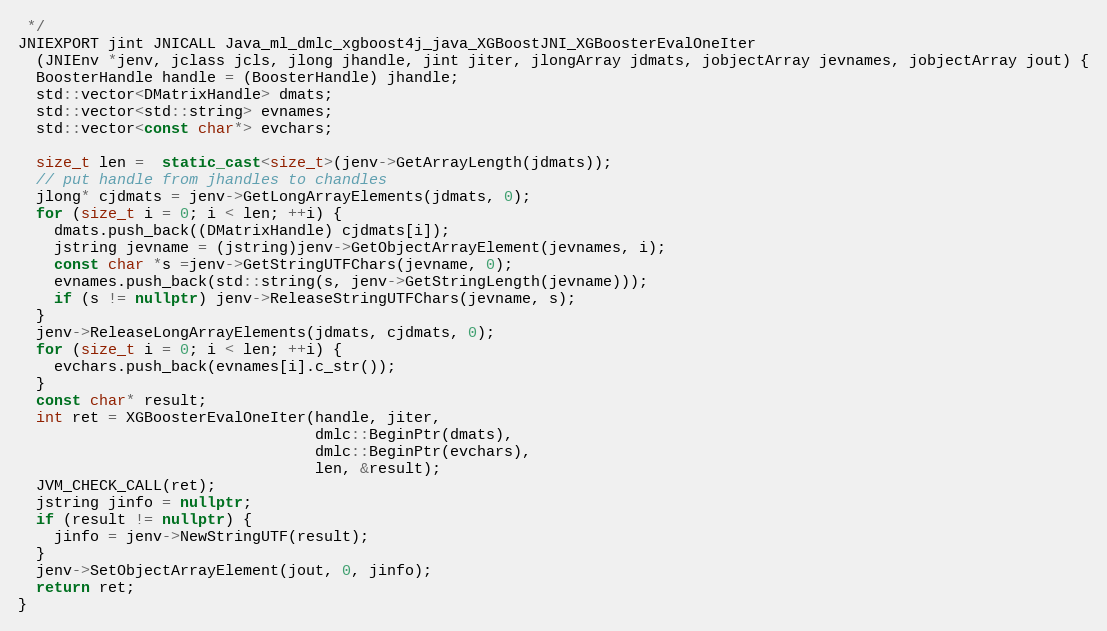
Language: C++
 */
JNIEXPORT jint JNICALL Java_ml_dmlc_xgboost4j_java_XGBoostJNI_XGBoosterEvalOneIter
  (JNIEnv *jenv, jclass jcls, jlong jhandle, jint jiter, jlongArray jdmats, jobjectArray jevnames, jobjectArray jout) {
  BoosterHandle handle = (BoosterHandle) jhandle;
  std::vector<DMatrixHandle> dmats;
  std::vector<std::string> evnames;
  std::vector<const char*> evchars;

  size_t len =  static_cast<size_t>(jenv->GetArrayLength(jdmats));
  // put handle from jhandles to chandles
  jlong* cjdmats = jenv->GetLongArrayElements(jdmats, 0);
  for (size_t i = 0; i < len; ++i) {
    dmats.push_back((DMatrixHandle) cjdmats[i]);
    jstring jevname = (jstring)jenv->GetObjectArrayElement(jevnames, i);
    const char *s =jenv->GetStringUTFChars(jevname, 0);
    evnames.push_back(std::string(s, jenv->GetStringLength(jevname)));
    if (s != nullptr) jenv->ReleaseStringUTFChars(jevname, s);
  }
  jenv->ReleaseLongArrayElements(jdmats, cjdmats, 0);
  for (size_t i = 0; i < len; ++i) {
    evchars.push_back(evnames[i].c_str());
  }
  const char* result;
  int ret = XGBoosterEvalOneIter(handle, jiter,
                                 dmlc::BeginPtr(dmats),
                                 dmlc::BeginPtr(evchars),
                                 len, &result);
  JVM_CHECK_CALL(ret);
  jstring jinfo = nullptr;
  if (result != nullptr) {
    jinfo = jenv->NewStringUTF(result);
  }
  jenv->SetObjectArrayElement(jout, 0, jinfo);
  return ret;
}